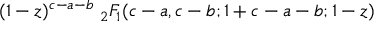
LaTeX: ( 1 - z ) ^ { c - a - b } \; _ { 2 } F _ { 1 } ( c - a , c - b ; 1 + c - a - b ; 1 - z )